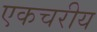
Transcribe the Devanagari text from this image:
एकचरीय